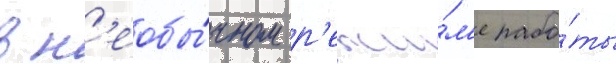
в н'еобы́чном р'ежи́м'е рабо́ты